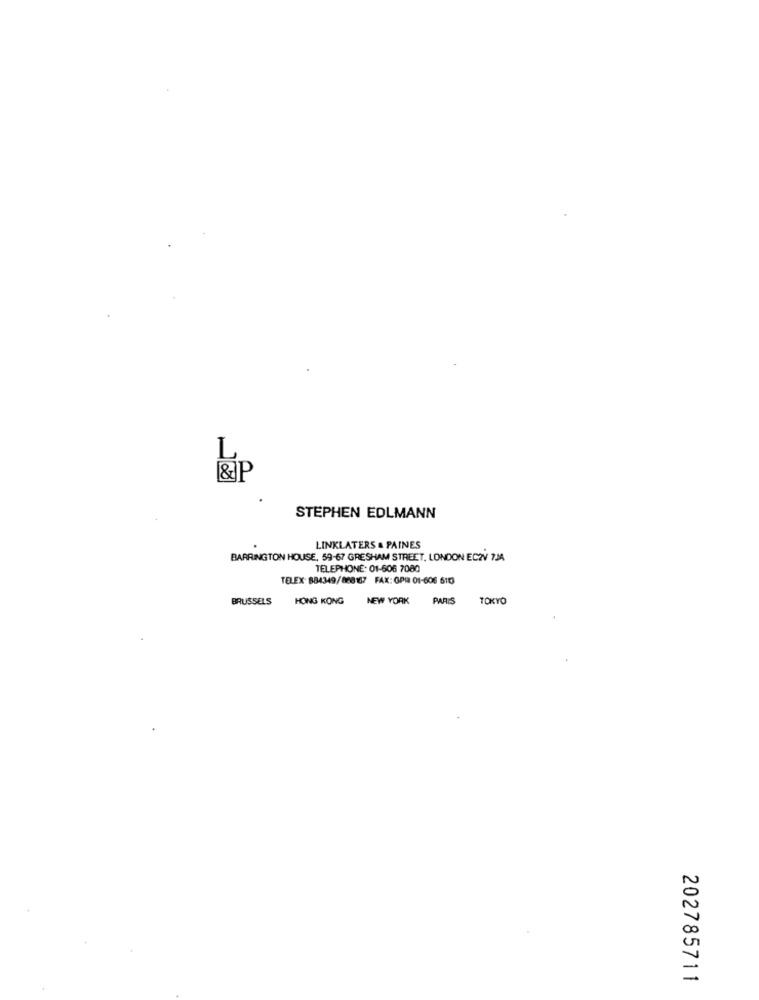
L
&P
STEPHEN EDLMANN
LINKLATERS & PAINES
BARRINGTON HOUSE, 59-67 GRESHAM STREET, LONDON EC2V 7JA
TELEPHONE: 01-606 7080
TELEX: 884349/868167 FAX: GPI 01-606 6183
BRUSSELS
HONG KONG
NEW YORK
PARIS
TOKYO
202785711